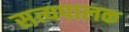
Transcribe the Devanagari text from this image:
सत्यपालक